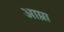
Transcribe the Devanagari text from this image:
आम्रा